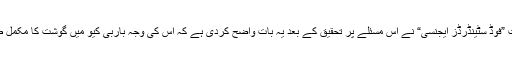
امریکی ادارہ صحت ”فوڈ سٹینڈرڈز ایجنسی“ نے اس مسئلے پر تحقیق کے بعد یہ بات واضح کردی ہے کہ اس کی وجہ باربی کیو میں گوشت کا مکمل طور پر نہ پکنا ہے۔